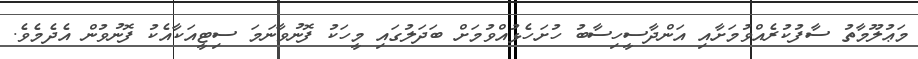
މަޢުލޫމާތު ސާފުކުރެއްވުމަށާއި އަންދާސީހިސާބު ހުށަހެޅުއްވުމަށް ބަދަލުގައި މީހަކު ފޮނުވާނަމަ ސިޓީއަކާއެކު ފޮނުވުން އެދެމެވެ.